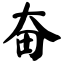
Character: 奋